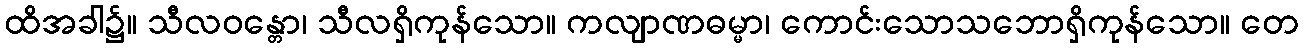
ထိအခါ၌။ သီလဝန္တော၊ သီလရှိကုန်သော။ ကလျာဏဓမ္မာ၊ ကောင်းသောသဘောရှိကုန်သော။ တေ